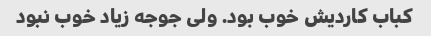
کباب کاردیش خوب بود. ولی جوجه زیاد خوب نبود